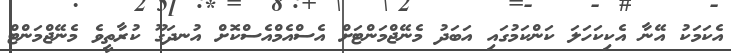
އެކަމަކު އޭނާ އެކިކަހަލަ ކަންކަމުގައި އަބަދު މެނޭޖްމަންޓަށް އެސްއެމްއެސްކޮށް އުނދަގޫ ކުރާތީވެ މެނޭޖްމަންޓް